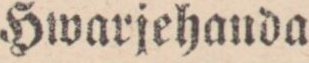
Hwarjehanda.